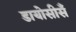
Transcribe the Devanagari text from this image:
डायोसीसँ